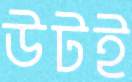
উটই